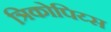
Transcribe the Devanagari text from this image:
त्रिकोपिय्स